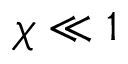
\chi \ll 1